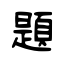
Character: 題